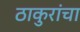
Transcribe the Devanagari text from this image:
ठाकुरांचा